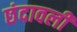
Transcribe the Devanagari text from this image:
छंदावली